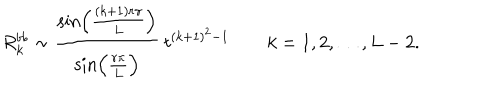
R _ { k } ^ { b b } \sim \frac { \sin \! \left( \frac { ( k + 1 ) r \pi } { L } \right) } { \sin \! \left( \frac { r \pi } { L } \right) } \: t ^ { ( k + 1 ) ^ { 2 } - 1 } \qquad k = 1 , 2 , \ldots , L - 2 .